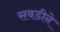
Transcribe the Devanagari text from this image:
सवडीने